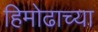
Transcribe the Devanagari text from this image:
हिमोढाच्या